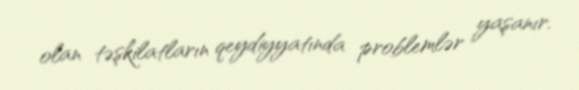
olan təşkilatların qeydiyyatında problemlər yaşanır.